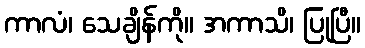
ကာလံ၊ သေချိန်ကို။ အကာသိ၊ ပြုပြီ။